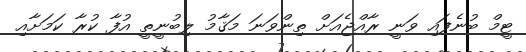
ޓީމް ބުނެފައި ވަނީ ރާއްޖެއަށް ތިންވަނަ މަޤާމު ލިބުނީތީ އުފާ ކުރާ ކަމަށާއި